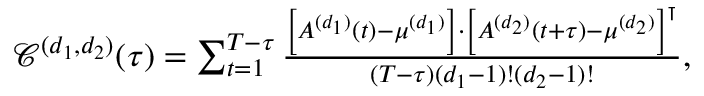
\begin{array} { r } { \footnotesize \mathscr { C } ^ { ( d _ { 1 } , d _ { 2 } ) } ( \tau ) = \sum _ { t = 1 } ^ { T - \tau } \frac { \left[ A ^ { ( d _ { 1 } ) } ( t ) - \mu ^ { ( d _ { 1 } ) } \right] \cdot \left[ A ^ { ( d _ { 2 } ) } ( t + \tau ) - \mu ^ { ( d _ { 2 } ) } \right] ^ { \intercal } } { ( T - \tau ) ( d _ { 1 } - 1 ) ! ( d _ { 2 } - 1 ) ! } , } \end{array}